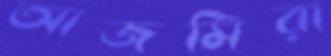
আজমিরা